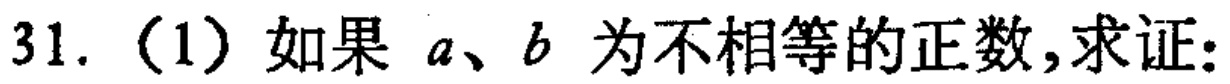
31.（1）如果 \(a、b\) 为不相等的正数,求证: